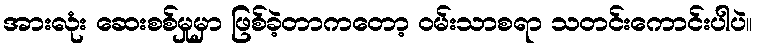
အားလုံး ဆေးစစ်မှုမှာ ဖြစ်ခဲ့တာကတော့ ဝမ်းသာစရာ သတင်းကောင်းပါပဲ။